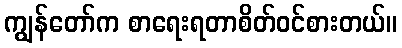
ကျွန်တော်က စာရေးရတာစိတ်ဝင်စားတယ်။